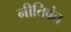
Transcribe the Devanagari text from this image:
नीतिवंत